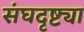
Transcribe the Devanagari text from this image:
संघदृष्ट्या